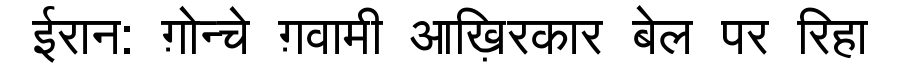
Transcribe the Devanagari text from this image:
ईरान: ग़ोन्चे ग़वामी आख़िरकार बेल पर रिहा